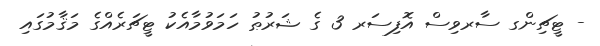
- ޓީޗިންގ ސާރވިސް އޮފިސަރ 3 ގެ ޝަރުޠު ހަމަވުމާއެކު ޓީޗަރެއްގެ މަޤާމުގައި